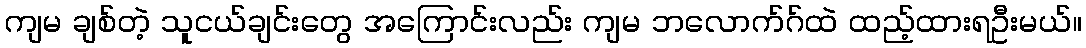
ကျမ ချစ်တဲ့ သူငယ်ချင်းတွေ အကြောင်းလည်း ကျမ ဘလောက်ဂ်ထဲ ထည့်ထားရဦးမယ်။